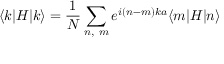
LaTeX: \langle k | H | k \rangle = { \frac { 1 } { N } } \sum _ { n , \ m } e ^ { i ( n - m ) k a } \langle m | H | n \rangle